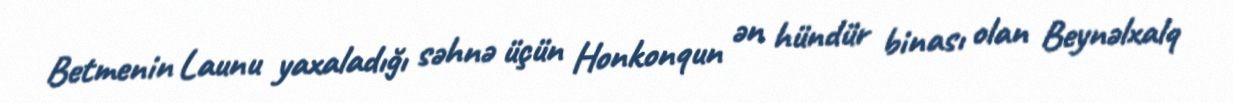
Betmenin Launu yaxaladığı səhnə üçün Honkonqun ən hündür binası olan Beynəlxalq